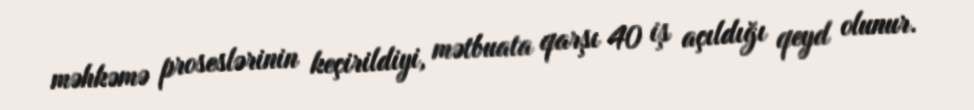
məhkəmə proseslərinin keçirildiyi, mətbuata qarşı 40 iş açıldığı qeyd olunur.